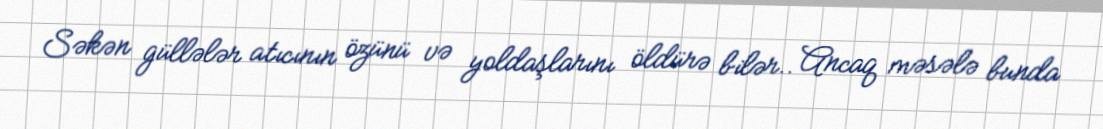
Səkən güllələr atıcının özünü və yoldaşlarını öldürə bilər.. Ancaq məsələ bunda